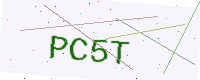
Text: PC5T